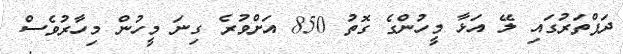
ދަފްތަރުގައި ލޭ އަޅާ މީހުންގެ ގޮތު 850 އަށްވުރެ ގިނަ މީހުން މިހާރުވެސް